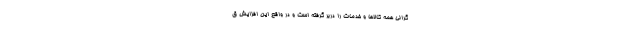
گرانی همه کالاها و خدمات را دربر گرفته است و در واقع این افزایش ق